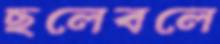
ছলেবলে